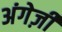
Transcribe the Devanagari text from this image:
अंगेज़ी